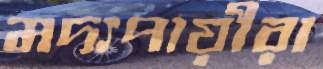
মদ্যপায়ীরা